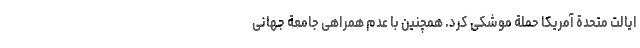
ایالت متحدة آمریکا حملة موشکی کرد. همچنین با عدم همراهی جامعة جهانی